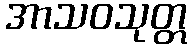
အာသဝသုတ္တ